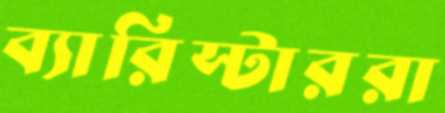
ব্যারিস্টাররা